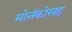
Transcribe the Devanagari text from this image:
मोनॅकोसह